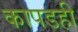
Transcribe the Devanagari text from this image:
कापडही